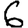
Digit: 6